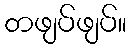
တဖျပ်ဖျပ်။